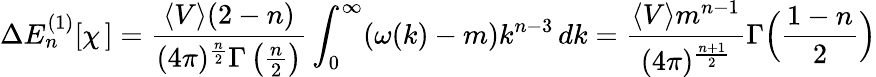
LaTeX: \Delta E_{n}^{(1)}[\chi\, ]=\frac{\langle V\rangle(2-n)}{(4\pi)^{\frac{n}{2}}\Gamma\left(\frac{n}{2}\right)}\int_{0}^{\infty}(\omega(k)-m)k^{n-3}\, dk=\frac{\langle V\rangle m^{n-1}}{(4\pi)^{\frac{n+1}{2}}}\Gamma\Bigl(\frac{1-n}{2}\Bigr)